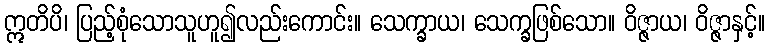
ဣတိပိ၊ ပြည့်စုံသောသူဟူ၍လည်းကောင်း။ သေက္ခာယ၊ သေက္ခဖြစ်သော။ ဝိဇ္ဇာယ၊ ဝိဇ္ဇာနှင့်။